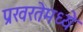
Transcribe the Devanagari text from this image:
प्रखरतेमध्ये